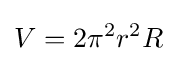
V=2\pi ^{2}r^{2}R